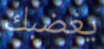
يغضبك